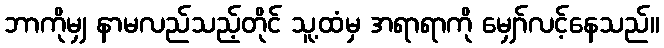
ဘာကိုမျှ နာမလည်သည့်တိုင် သူ့ထံမှ အရာရာကို မျှော်လင့်နေသည်။